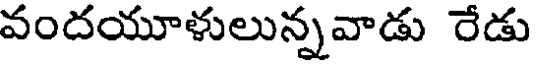
వందయూళులున్నవాడు రేడు